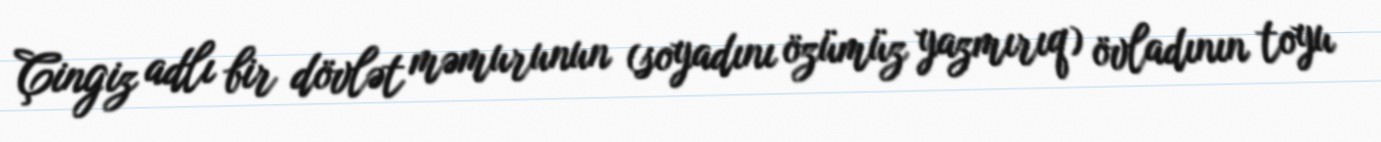
Çingiz adlı bir dövlət məmurunun (soyadını özümüz yazmırıq) övladının toyu